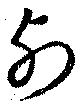
列